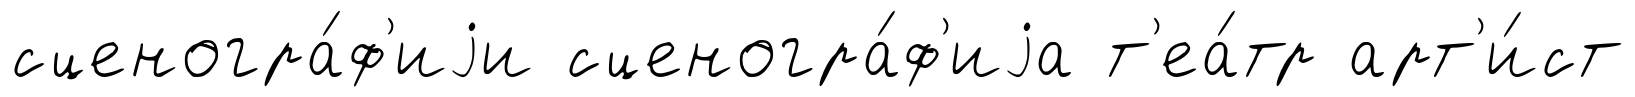
сценогра́ф'иjи сценогра́ф'иjа т'еа́тр арт'и́ст